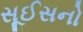
સૂઈસનો